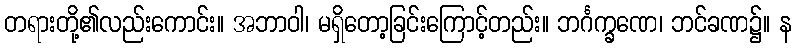
တရားတို့၏လည်းကောင်း။ အဘာဝါ၊ မရှိတော့ခြင်းကြောင့်တည်း။ ဘင်္ဂက္ခဏေ၊ ဘင်ခဏ၌။ န